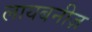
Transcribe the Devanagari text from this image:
लायबनीज़